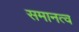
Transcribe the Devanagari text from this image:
समानत्व